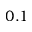
0 . 1